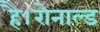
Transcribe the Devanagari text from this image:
है।रोनाल्ड